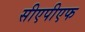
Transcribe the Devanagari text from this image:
सीएपीएफ